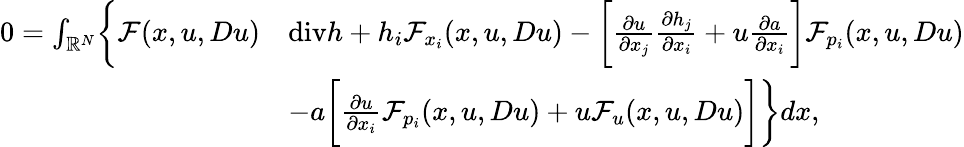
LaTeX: \begin{array}{rl}{0=\int_{\mathbb R^{N}}\biggl\{ \mathcal{F}(x,u,Du)}&{\mathrm{div}h+h_{i}\mathcal{F}_{x_{i}}(x,u,Du)-\biggl[\frac{\partial u}{\partial x_{j}}\frac{\partial h_{j}}{\partial x_{i}}+u\frac{\partial a}{\partial x_{i}}\biggr]\mathcal{F}_{p_{i}}(x,u,Du)}\\ &{-a\biggl[\frac{\partial u}{\partial x_{i}}\mathcal{F}_{p_{i}}(x,u,Du)+u\mathcal{F}_{u}(x,u,Du)\biggr]\biggr\} dx,}\end{array}